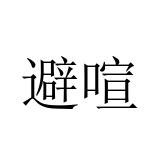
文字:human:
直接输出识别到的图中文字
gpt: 避喧